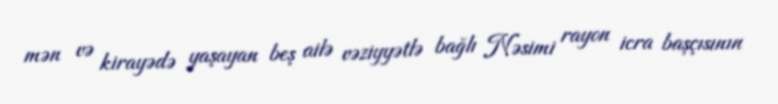
mən və kirayədə yaşayan beş ailə vəziyyətlə bağlı Nəsimi rayon icra başçısının